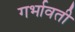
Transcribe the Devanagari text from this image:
गर्भावती